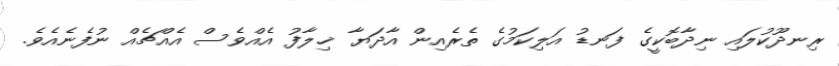
ރިނދޫކުލައި ނިދާބޮކީގެ ފަނޑު އަލިކަމުގެ ތެރެއިން އާދަޔާ ޚިލާފު އެއްވެސް އެއްޗެއް ނުފެނެއެވެ.